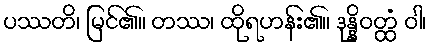
ပဿတိ၊ မြင်၏။ တဿ၊ ထိုရဟန်း၏။ ဒုန္နိဝတ္ထံ ဝါ၊